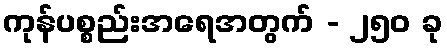
ကုန်ပစ္စည်းအရေအတွက် - ၂၅၀ ခု